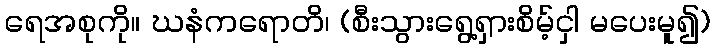
ရေအစုကို။ ဃနံကရောတိ၊ (စီးသွားရွေ့ရှားစိမ့်ငှါ မပေးမူ၍)